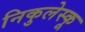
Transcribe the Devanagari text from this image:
निकुलेस्कू